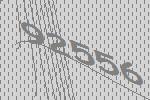
92556